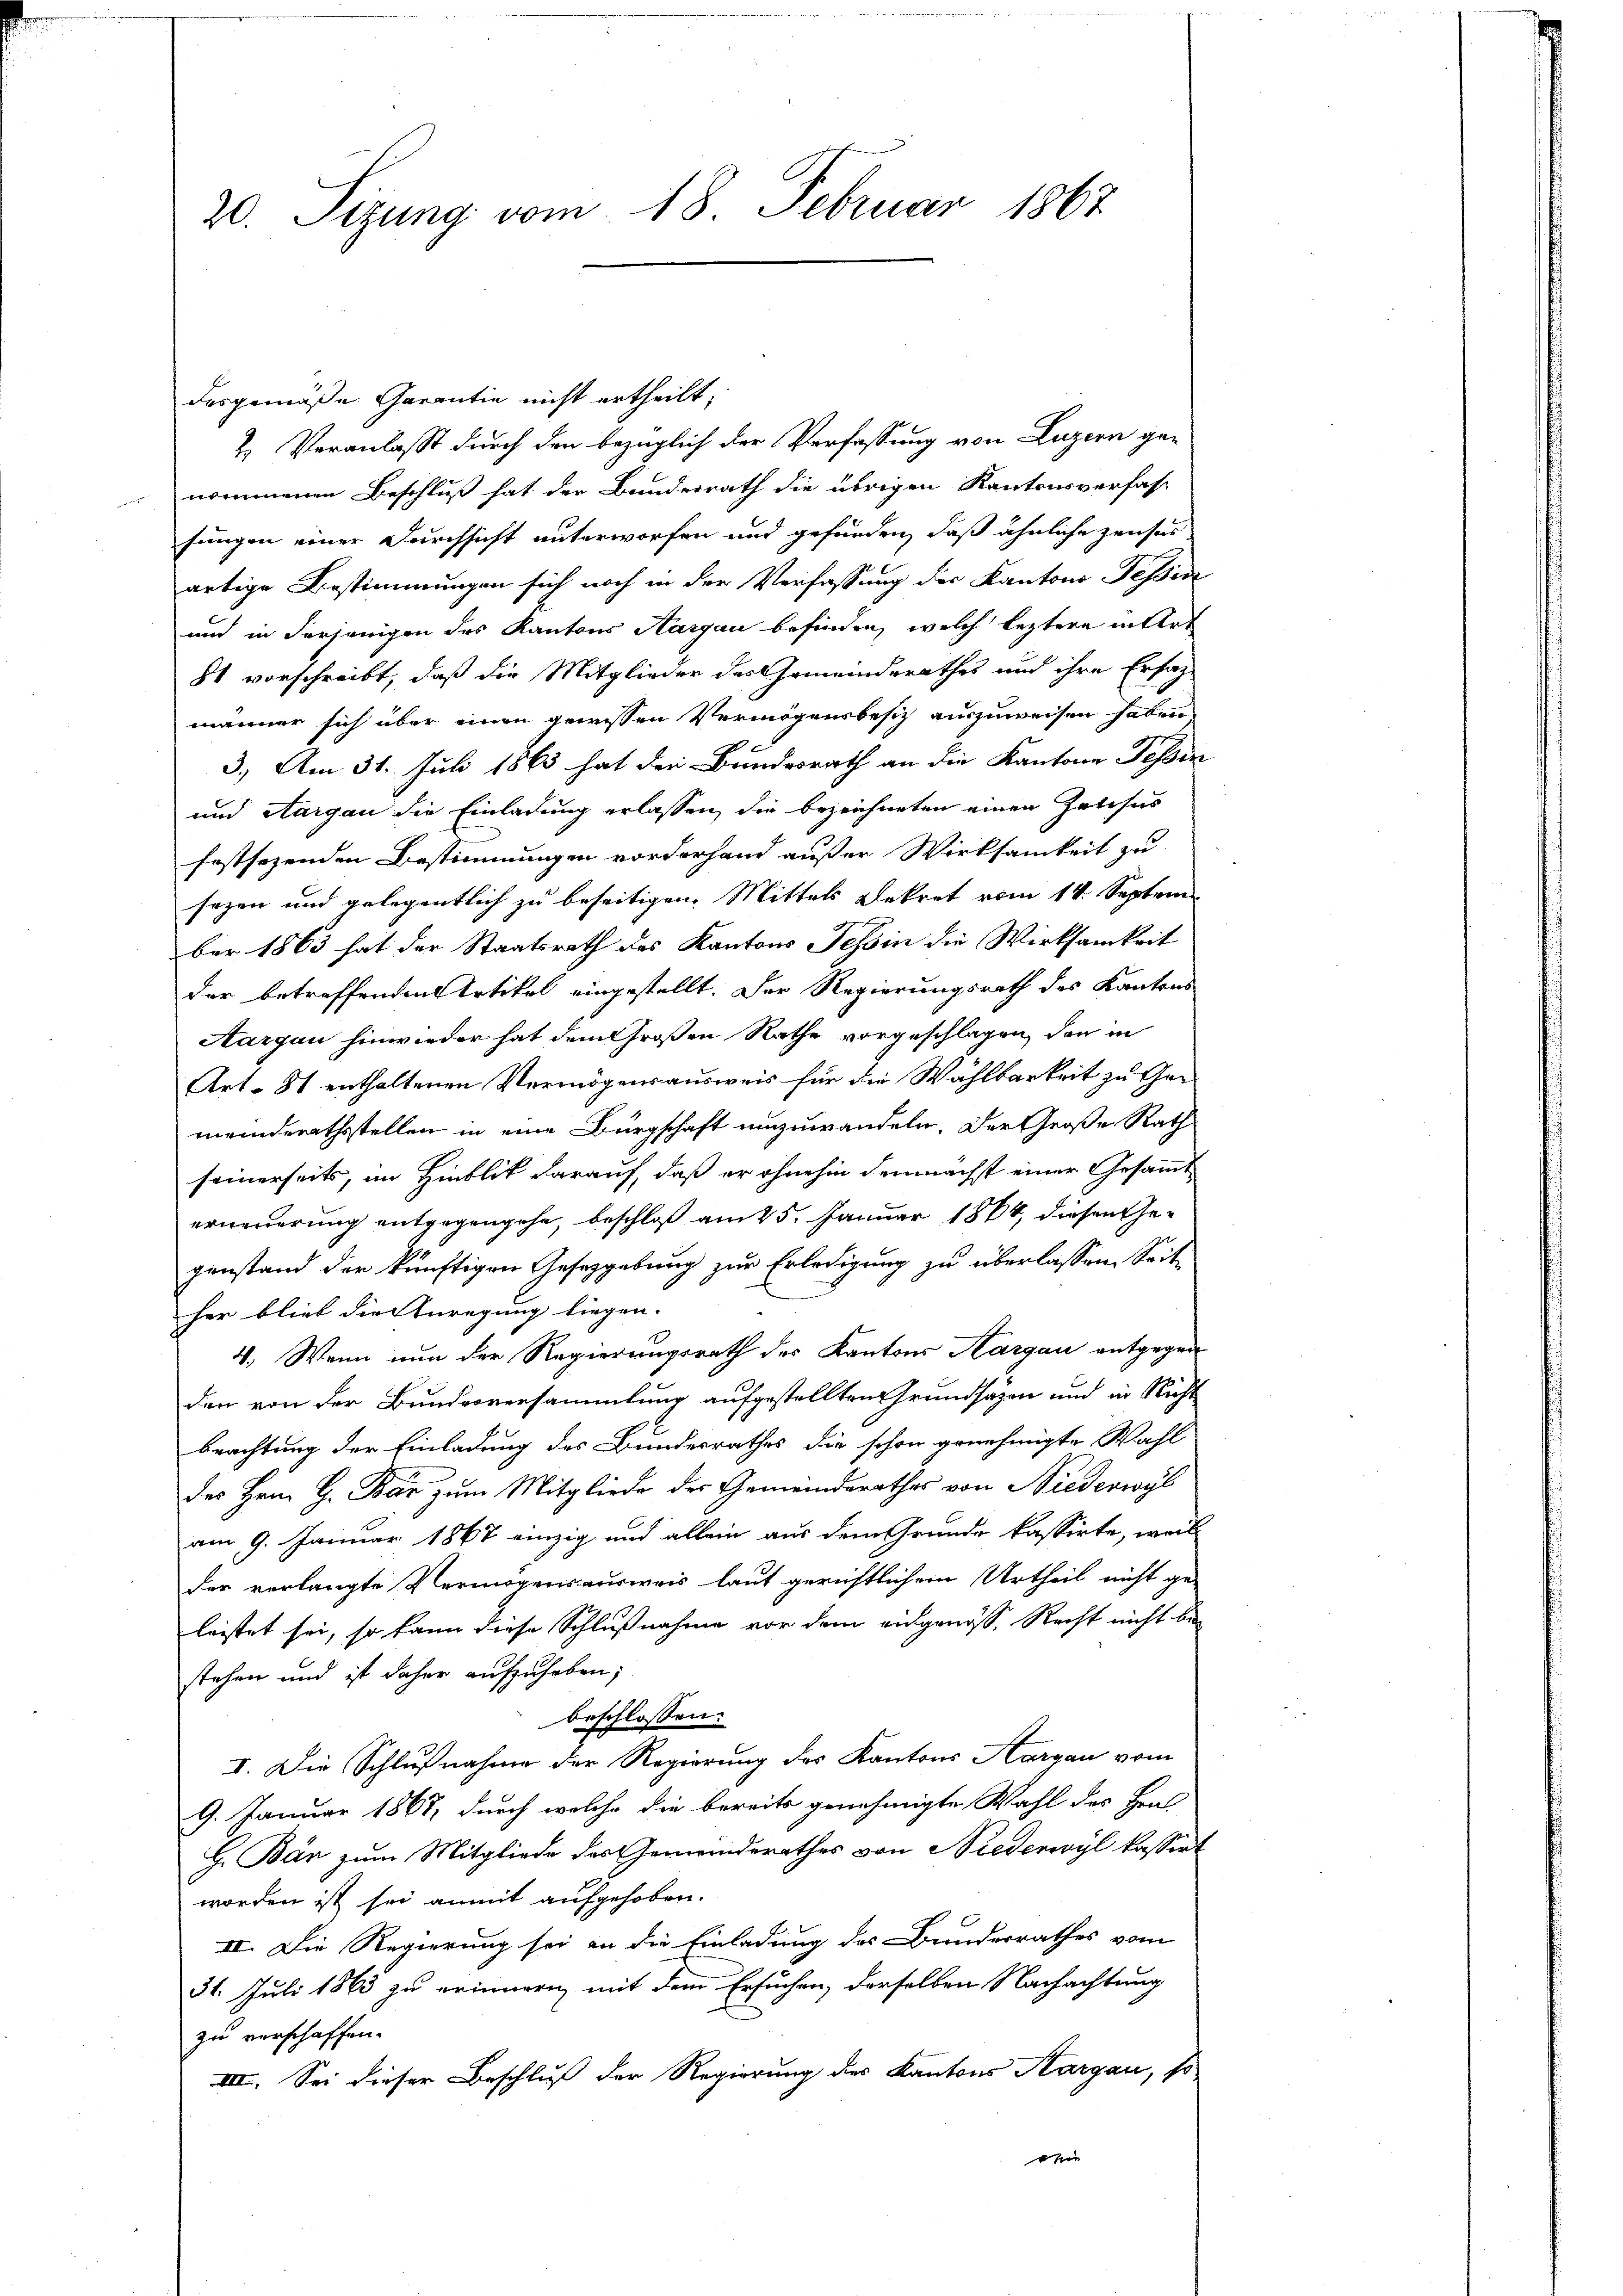
20. Sizung vom 18. Februar 1867

dasgemäße Garantie nicht ertheilt,
& Veranlasst durch den bezüglich der Verfassung von Luzern genommenen Beschluß hat der Bundesrath die übrigen Kantonsverfas-
sungen einer Durchsicht unterworfen und gefunden, daß ähnliche zeuses
artige Bestimmungen sich noch in der Verfassung des Kantons Tessin
und in derjenigen des Kantons Aargau befinden, welch leztere intert
81 vorschreibt, daß die Mitglieder des Gemeinderathes und ihre Erfah
männer sich über einen gewissen Vermögensbesitz auszuweisen haben
3. Am 31. Juli 1863 hat der Bundesrath an die Kantone Tessen
und Aargau die Einladung erlassen, die bezeichneten einen Palisir
festsezenden Bestimmungen vorderhand außer Wirksamkeit zu
sezen und gelegentlich zu beseitigen. Mittels Dekret vom 14. Septem
ber 1863 hat der Staatsrath des Kantons Tessin die Wirksamkeit
der betreffenden Artikel eingestellt. Der Regierungsrath des Kantons
Aargau hinwieder hat dem Großen Rathe vorgeschlagen, den in
Art. 81 enthaltenen Vermögensausweis für die Wählbarkeit zu Ge-
meinderathsstellen in eine Bürgschaft umzuwandeln. Der Große Rath
seinerseits, im Hinblik darauf, daß er ohnehin demnächst einer Gesammterneuerung entgegengehe, beschloß am 25. Januar 1864, diesen Gegenstand der künftigen Gesetzgebung zur Erledigung zu überlassen. Seite
her blieb die Anregung liegen.
4.) Wenn nun der Regierungsrath des Kantons Aargau entgegen
den von der Bundesversammlung aufgestellten Grundsazen und in Nicht
beachtung der Einladung des Bundesrathes die schon genehmigte Wahl
des Hrn. G. Bär zum Mitgliede der Gemeindsrathes von Niederwyl
am 9. Januar 1867 einzig und allein aus dem Grunde kassirte, weil
der verlangte Vermögensausweis laut gerichtlichem Urtheil nicht ge-
leistet sei, so kann diese Schlußnahme vor dem eingenosse Recht nicht be-
stehen und ist daher aufzuheben;
beschlossen:
I. Die Schlußnahme der Regierung des Kantons Aargau vom
9. Januar 1867, durch welche die bereits genehmigte Wahl des Hrns
H. Bán zum Mitgliede des Gemeinderathes von Niederwyl kassirt
worden ist sei anmit aufgehoben.
II. Die Regierung sei an die Einladung des Bundesrathes vom
31. Juli 1865 zu erinnern, mit dem Ersuchen, derselben Nachachtung
zu verschaffen.
III. Sei dieser Beschluß der Regierung des Kantons Aargau, so
n